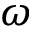
\omega